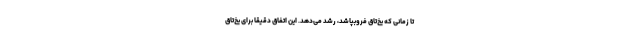
تا زمانی که یخ‌تاق فروبپاشد، رشد می‌دهد. این اتفاق دقیقا برای یخ‌تاق